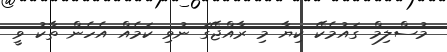
މުސްލިމް ގައުމެކޭ ކިޔާ މި ރާއްޖޭގަ ނުވި ކަމެއް އެހެން ތާކު ވީ